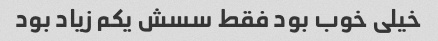
خیلی خوب بود فقط سسش یکم زیاد بود